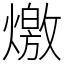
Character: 燩